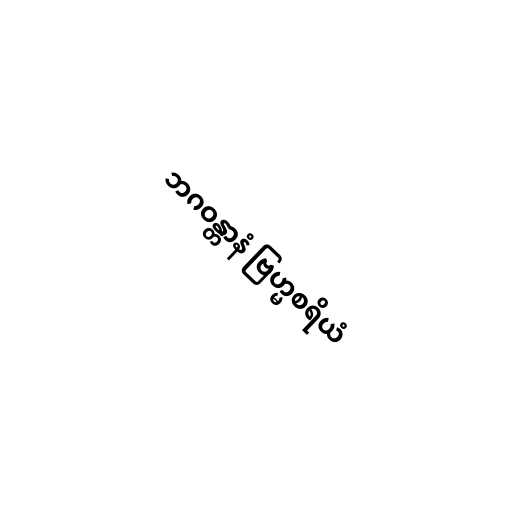
ဘဂဝန္တာနံ ဗြဟ္မစရိယံ